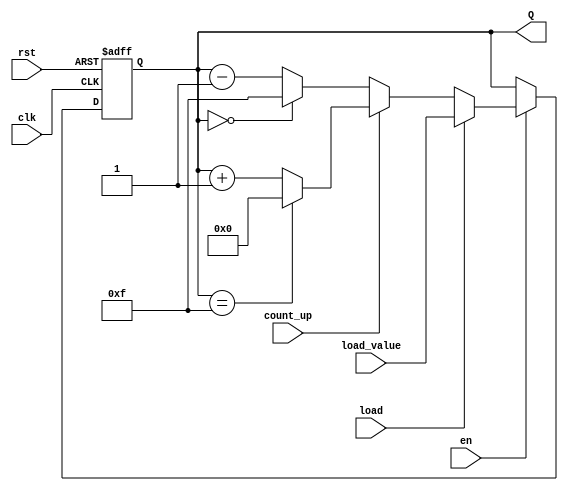
module binary_counter #(
    parameter WIDTH = 4  // Parameter to set the width of the counter (e.g., 4-bit counter)
) (
    input wire clk,       // Clock input
    input wire rst,       // Asynchronous reset input
    input wire en,        // Enable signal
    input wire load,      // Load signal to load a specific value
    input wire [WIDTH-1:0] load_value,  // Value to load into the counter
    input wire count_up,   // Count direction control (1 for up, 0 for down)
    output reg [WIDTH-1:0] Q  // Counter output
);

    // Asynchronous reset and counting logic
    always @(posedge clk or posedge rst) begin
        if (rst) begin
            Q <= 0;  // Reset the counter to zero
        end else if (en) begin
            if (load) begin
                Q <= load_value;  // Load the provided value
            end else begin
                if (count_up) begin
                    // Increment the counter and wrap around
                    Q <= (Q == (1 << WIDTH) - 1) ? 0 : Q + 1;
                end else begin
                    // Decrement the counter and wrap around
                    Q <= (Q == 0) ? (1 << WIDTH) - 1 : Q - 1;
                end
            end
        end
    end

endmodule